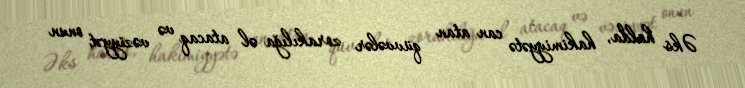
Əks halda, hakimiyyətə can atan qüvvələr zorakılığa əl atacaq və vəziyyət onun